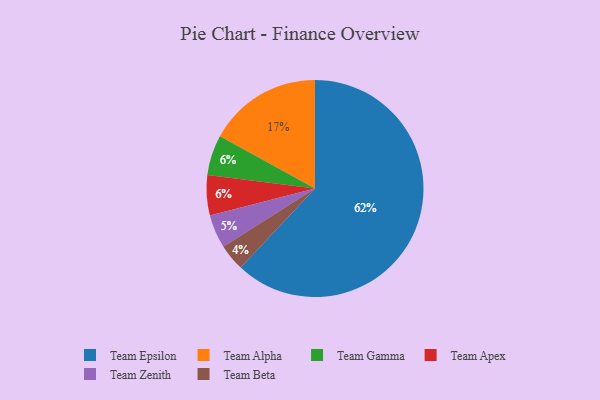
{"axis": {"x": "Category", "y": "Percentage"}, "legend": ["Team Alpha", "Team Apex", "Team Beta", "Team Epsilon", "Team Gamma", "Team Zenith"], "data": [{"x": "Team Epsilon", "y": 62, "type": "Team Epsilon"}, {"x": "Team Beta", "y": 4, "type": "Team Beta"}, {"x": "Team Alpha", "y": 17, "type": "Team Alpha"}, {"x": "Team Zenith", "y": 5, "type": "Team Zenith"}, {"x": "Team Gamma", "y": 6, "type": "Team Gamma"}, {"x": "Team Apex", "y": 6, "type": "Team Apex"}]}